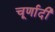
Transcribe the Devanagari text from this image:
चूर्णादी